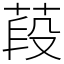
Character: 葮